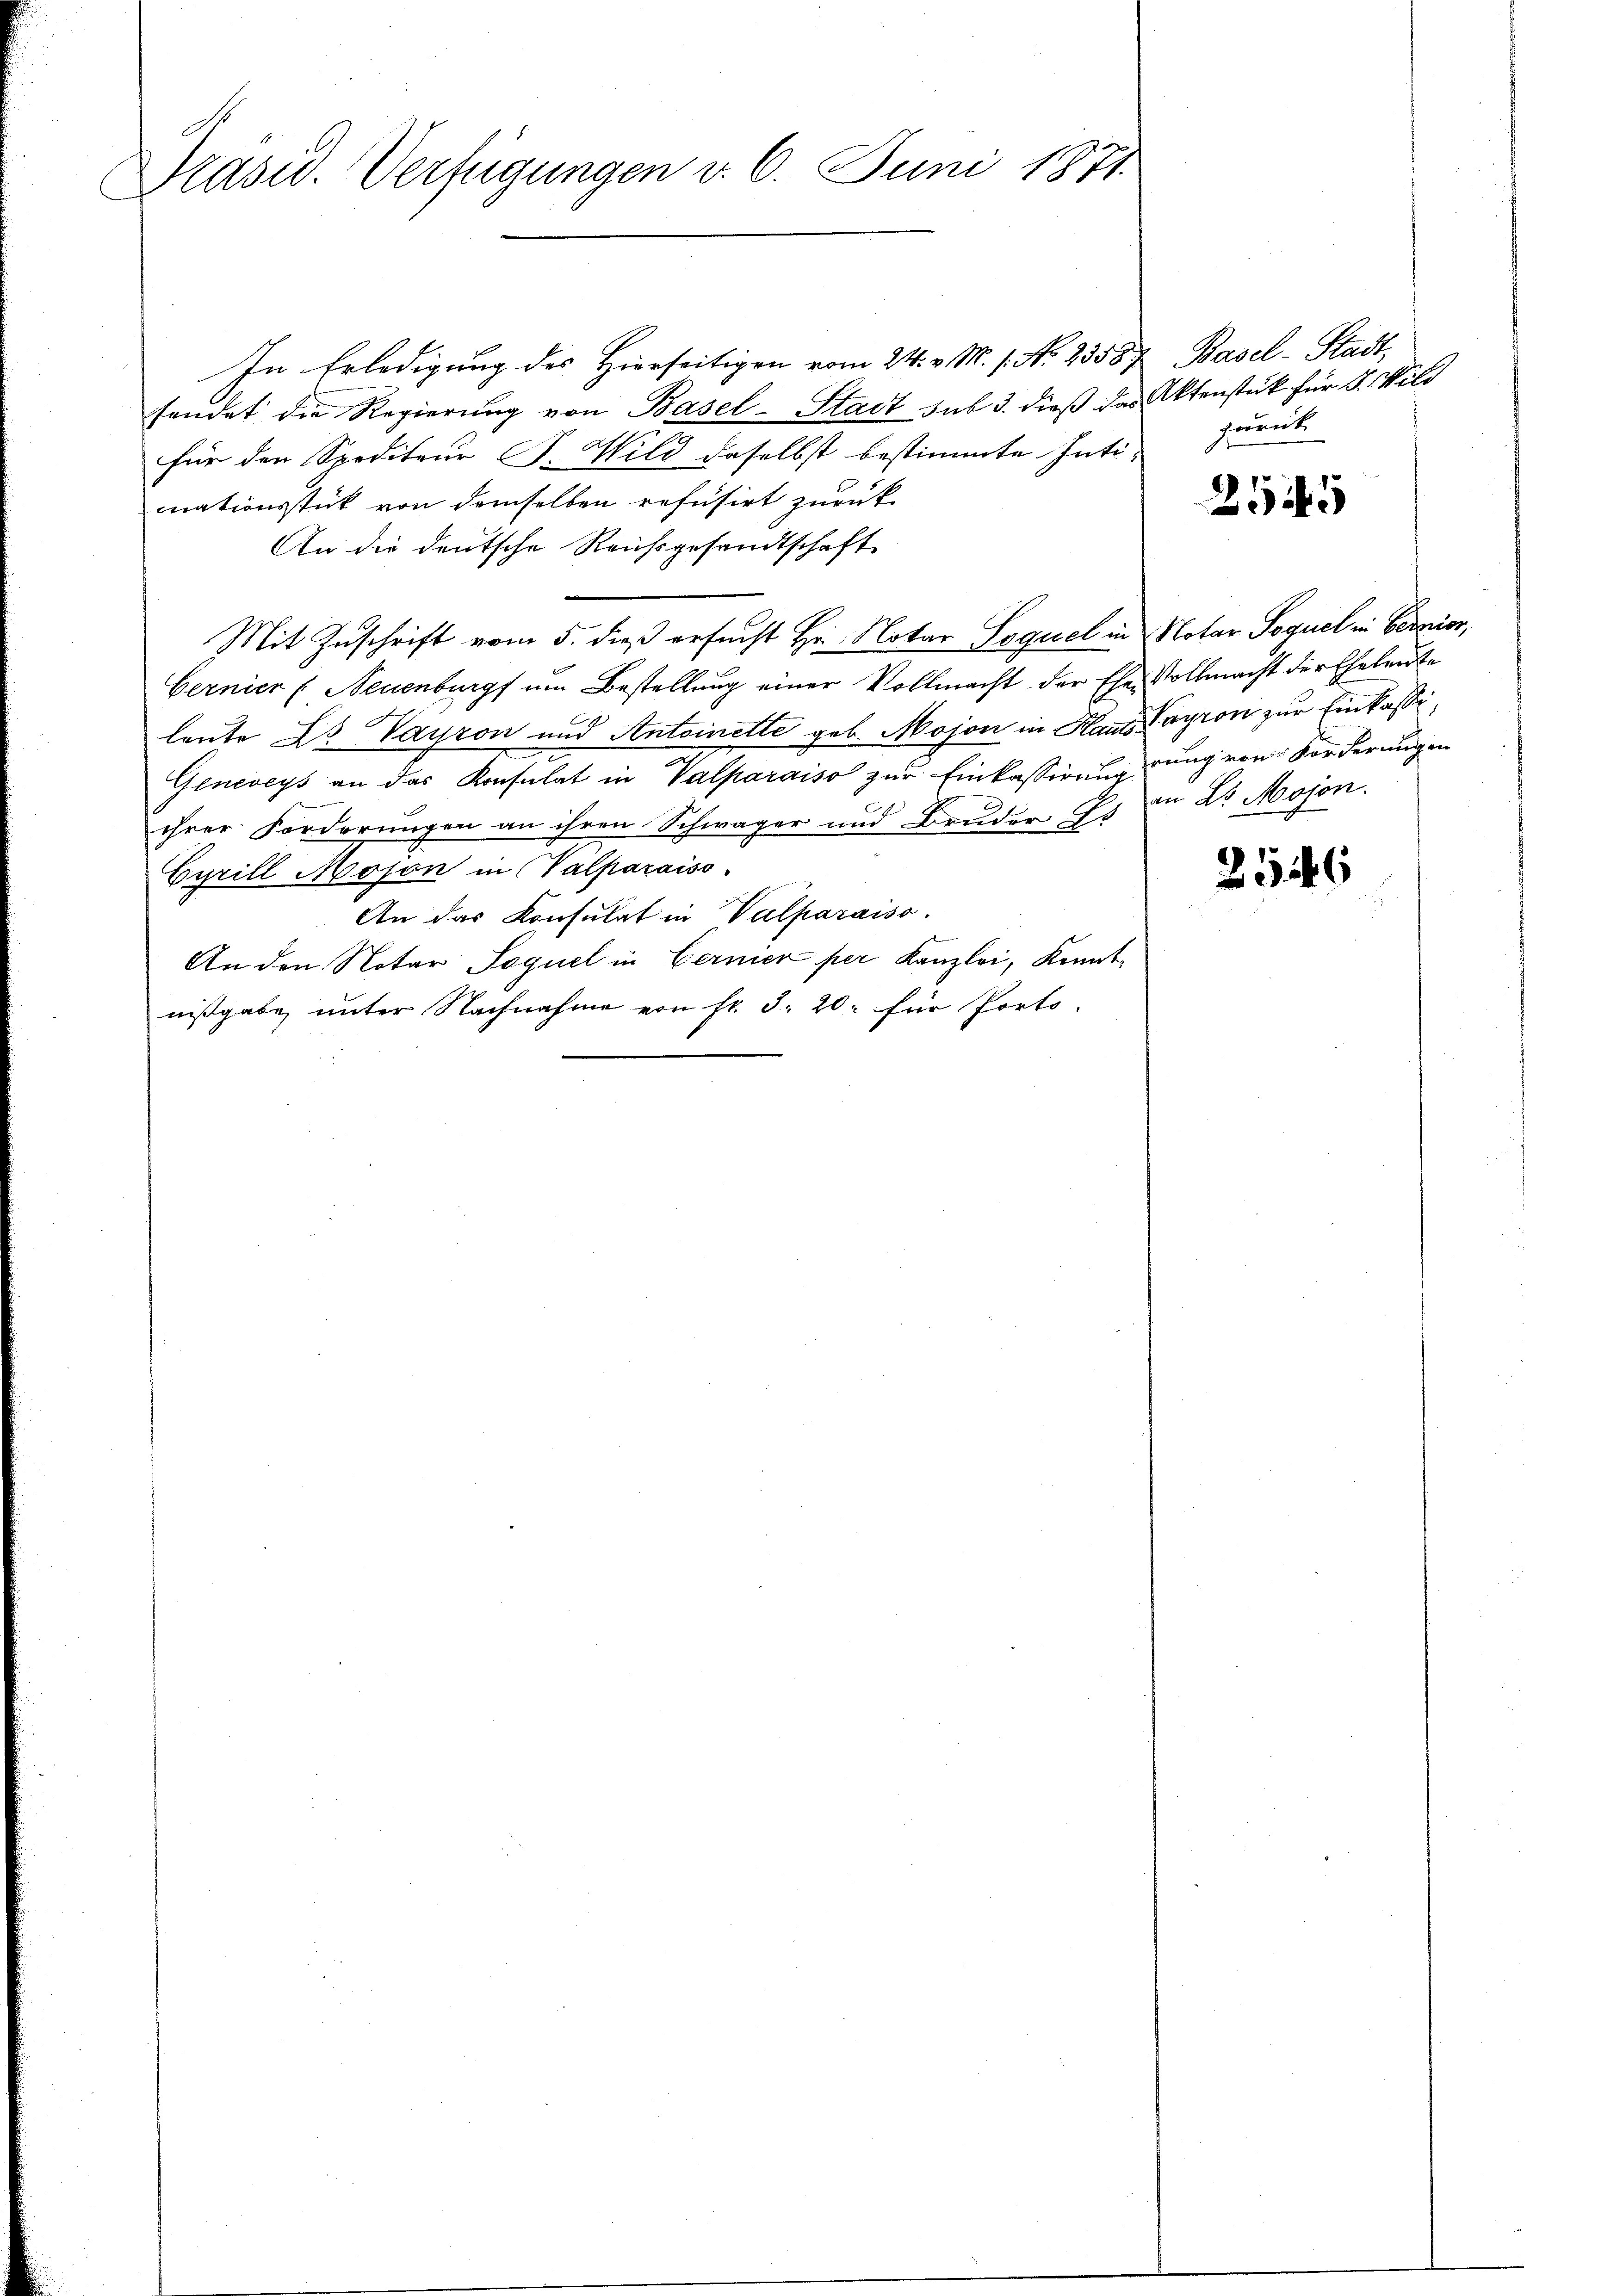
Präsid. Verfügungen v. 6. Juni 1871

In Erledigung des Hierseitigen vom 24. v. M. s. No. 23587 Basel-Stadt,
sendet die Regierung von Basel-Stadt sub 3. dieß das Aktenstück für 4. Wild
für den Spediteur P. Wild daselbst bestimmte Inti-
mnationsstück von demselben refusirt zurück¬
An die deutsche Reichsgesandtschafte
Mit Zuschrift vom 5. dieß ersucht Hr. Notar Sequel in Notar Sequel in Beronior,
Gernier (Neuenburg um Bestellung einer Vollmacht der Ehe Vollmacht der Eheleute
leute Dr. Vayron und Antoinette geb. Mojon in Hants Kayron zur Einkasse,
Geneveys an das Konsulat in Valparaiso zur Einkassirnungung von Forderungen
ihrer Forderungen an ihren Schwager und Bruder Es in Dr. Mojon.
Cyrill Moson in (Valparaiso
An das Konsulat in Vulparaiso
An den Notar Sequel in Cernier per Kanzlei, konnt
nißgabe unter Nachnahme von Fr. 5. 20 für Porto-

zurück

2545

2146